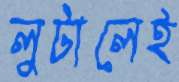
লুটালেই